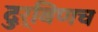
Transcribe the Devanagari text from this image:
दुर्बिणच